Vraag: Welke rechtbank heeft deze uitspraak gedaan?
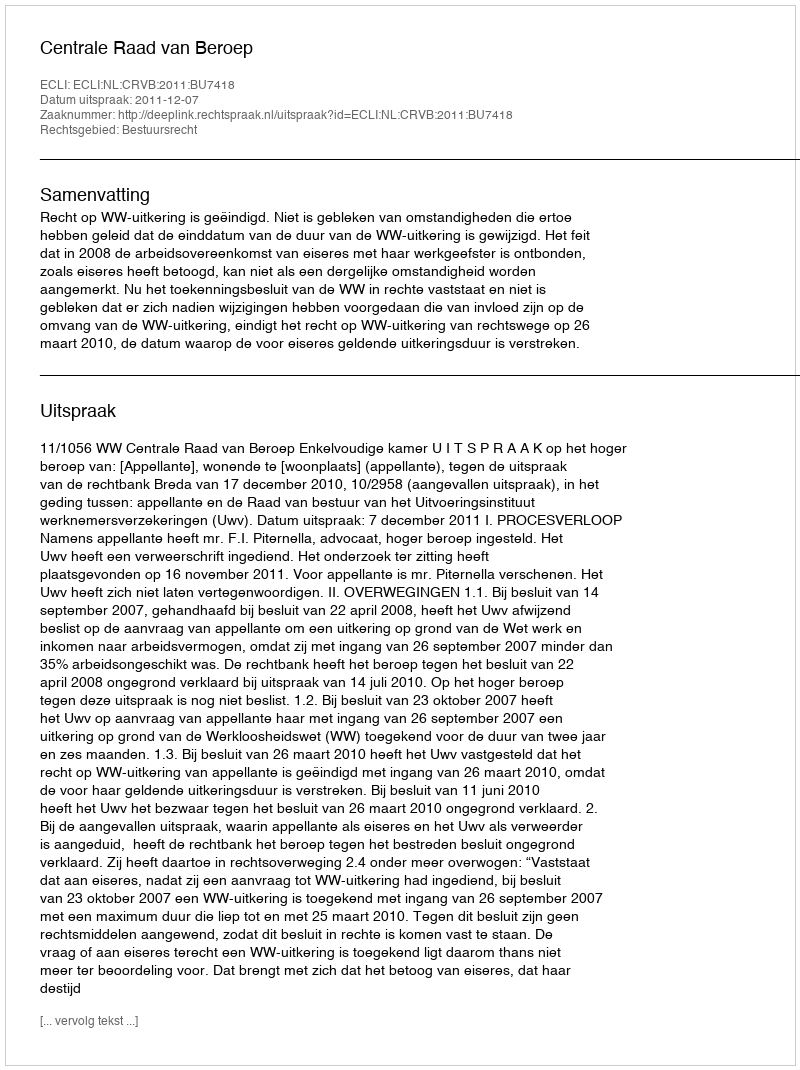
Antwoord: Centrale Raad van Beroep